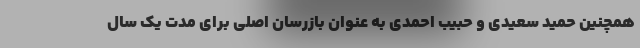
همچنین حمید سعیدی و حبیب احمدی به عنوان بازرسان اصلی برای مدت یک سال